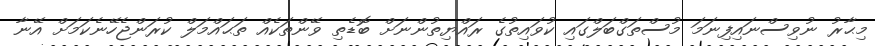
މިޙާރު ނުވިސްނައިފިނަމަ މުސްތަގްބަލްގައި ކުވައިތުގެ ރައްޔިތުންނަށް ބޮޑެތި ވޭންތަކެއް ތަޙައްމަލް ކުރަންޖެހޭނެކަމަށް އޭނާ